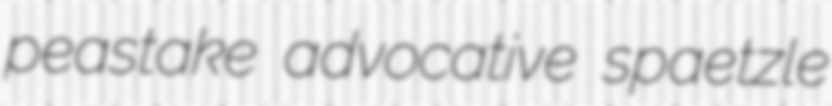
peastake advocative spaetzle